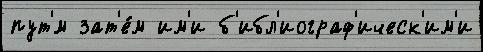
пут'́м зат'е́м им'и б'ибл'иограф'ическ'им'и